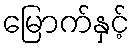
မြောက်နှင့်